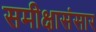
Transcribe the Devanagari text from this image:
समीक्षासंसार